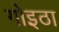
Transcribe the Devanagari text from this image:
गोइठा